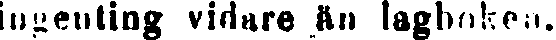
ingenting vidare än lagboken.